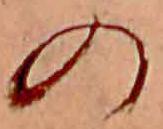
の